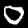
Label: 0